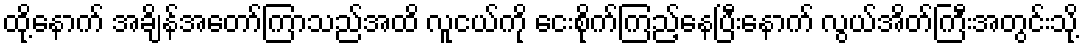
ထို့နောက် အချိန်အတော်ကြာသည်အထိ လူငယ်ကို ငေးစိုက်ကြည့်နေပြီးနောက် လွယ်အိတ်ကြီးအတွင်းသို့